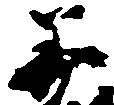
美